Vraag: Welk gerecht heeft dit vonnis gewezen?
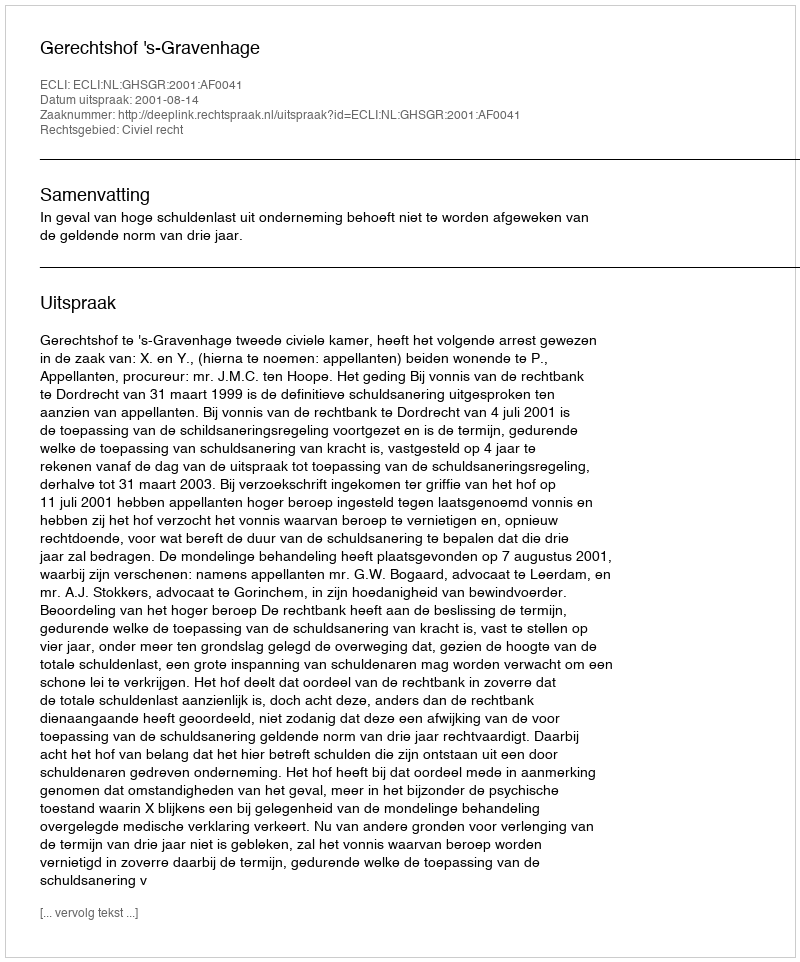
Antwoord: Gerechtshof 's-Gravenhage